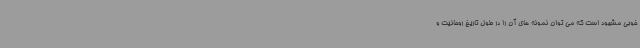
خوبی مشهود است که می توان نمونه های آن را در طول تاریخ روحانیت و